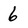
Character: 6